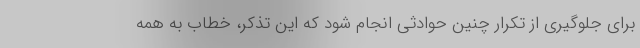
برای جلوگیری از تکرار چنین حوادثی انجام شود که این تذکر، خطاب به همه